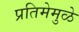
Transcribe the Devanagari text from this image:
प्रतिमेमुळे